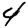
Digit: 4